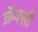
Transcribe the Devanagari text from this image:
क्रॅक्सी